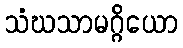
သံဃသာမဂ္ဂိယော